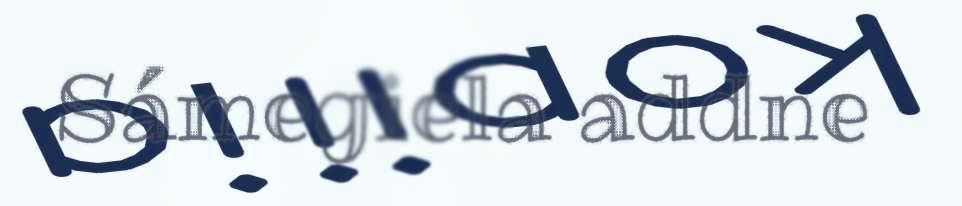
Sámegiela addne